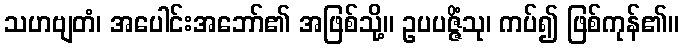
သဟဗျတံ၊ အပေါင်းအဘော်၏ အဖြစ်သို့။ ဥပပဇ္ဇိံသု၊ ကပ်၍ ဖြစ်ကုန်၏။